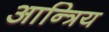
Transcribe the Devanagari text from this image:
आन्त्रिय